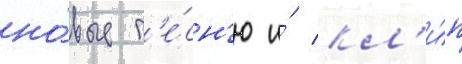
но́вые п'е́сн'ю и́ кл'и́п